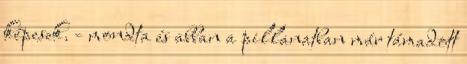
képesek. - mondta és abban a pillanatban már támadott